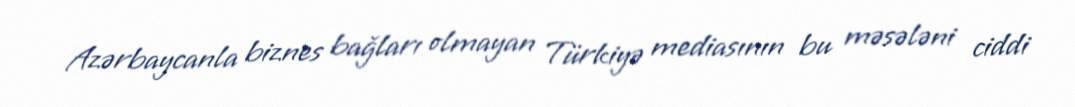
Azərbaycanla biznes bağları olmayan Türkiyə mediasının bu məsələni ciddi